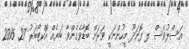
އަސްލުވެސް ލ ފޮނަދޫ މީހުންނަކީ ވަރަށް ބޮޑާވެގެންވާ ބަޔެއް އޮކްޓޯބަރު 27